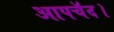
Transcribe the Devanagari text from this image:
आपचॅद।